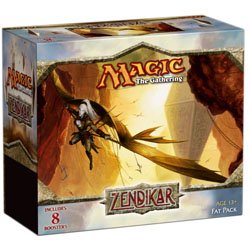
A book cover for Magic The Gathering: Zendikar Fat Pack; Wizards of the Coast; Science Fiction & Fantasy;